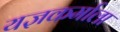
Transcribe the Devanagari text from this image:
यज्ञकर्माला